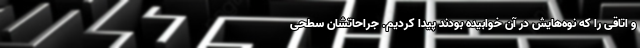
و اتاقی را که نوه‌هایش در آن خوابیده بودند پیدا کردیم. جراحاتشان سطحی